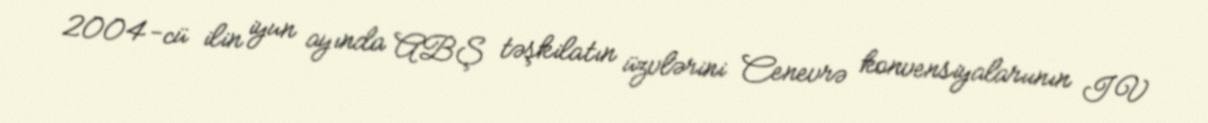
2004-cü ilin iyun ayında ABŞ təşkilatın üzvlərini Cenevrə konvensiyalarıının IV